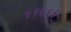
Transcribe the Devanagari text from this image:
११६६में